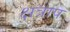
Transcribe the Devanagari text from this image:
क्षत्राप